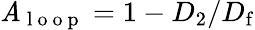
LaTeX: \mathit{A}_{\mathrm{{~l~o~o~p~}}}=1-D_{2}/D_{\mathrm{{f}}}